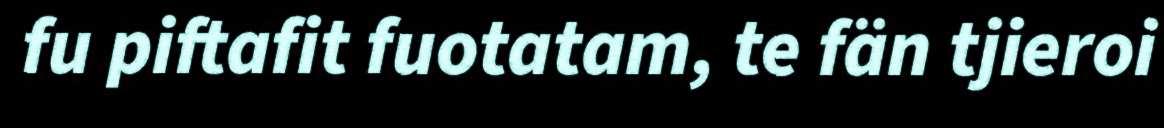
fu piftafit fuotatam, te fän tjieroi